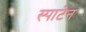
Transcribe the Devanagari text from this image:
स्पाटेन